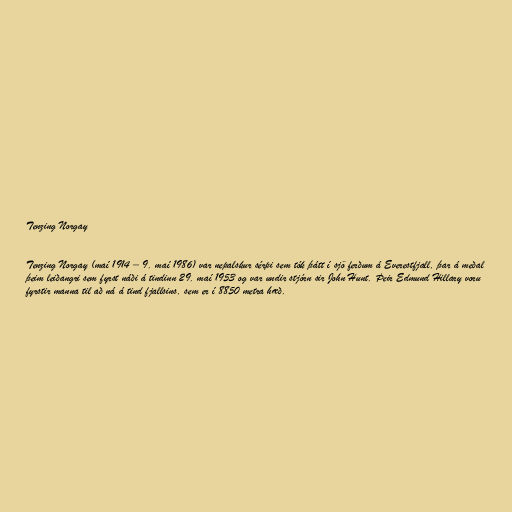
Tenzing Norgay

Tenzing Norgay (maí 1914 – 9. maí 1986) var nepalskur sérpi sem tók þátt í sjö ferðum á Everestfjall, þar á meðal
þeim leiðangri sem fyrst náði á tindinn 29. maí 1953 og var undir stjórn sir John Hunt. Þeir Edmund Hillary voru
fyrstir manna til að ná á tind fjallsins, sem er í 8850 metra hæð.